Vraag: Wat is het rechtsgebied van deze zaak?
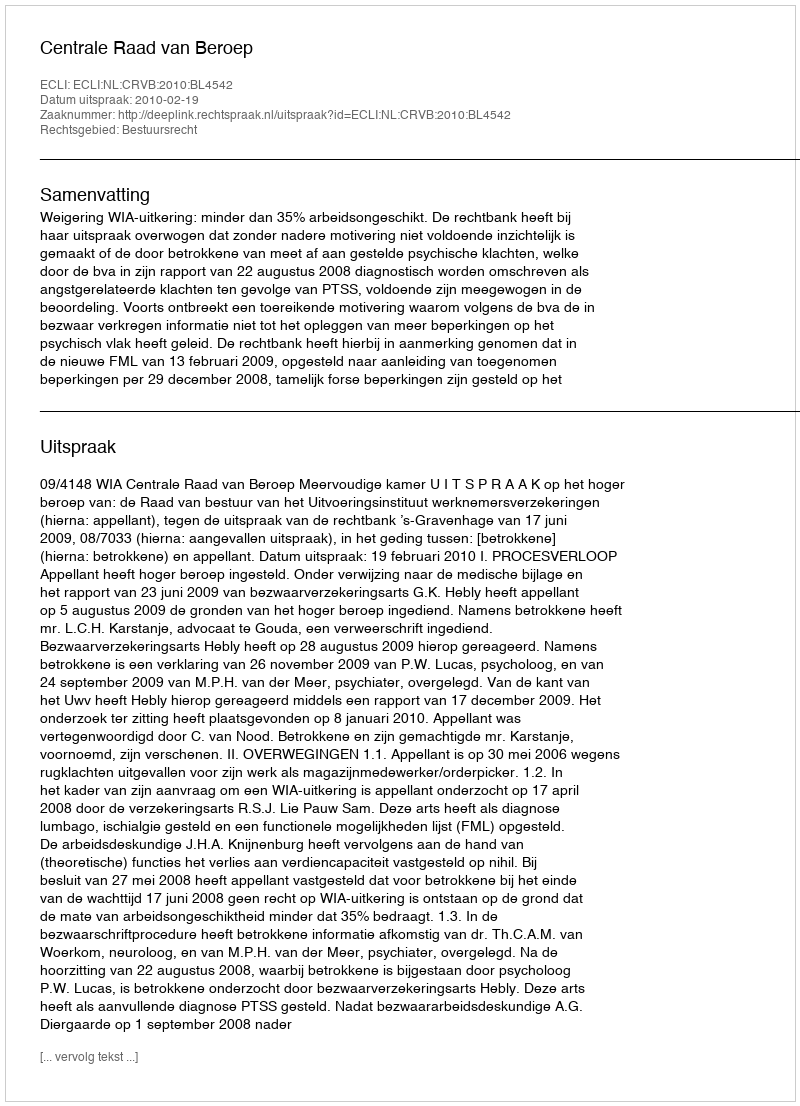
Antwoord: Bestuursrecht